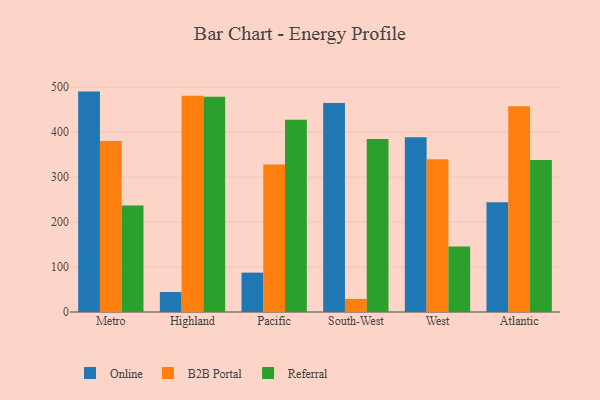
{"axis": {"x": "Region", "y": "Budget (USD K)"}, "legend": ["B2B Portal", "Online", "Referral"], "data": [{"x": "Metro", "y": 490.4, "type": "Online"}, {"x": "Metro", "y": 380.4, "type": "B2B Portal"}, {"x": "Metro", "y": 237.2, "type": "Referral"}, {"x": "Highland", "y": 44.4, "type": "Online"}, {"x": "Highland", "y": 481.4, "type": "B2B Portal"}, {"x": "Highland", "y": 479.1, "type": "Referral"}, {"x": "Pacific", "y": 87.6, "type": "Online"}, {"x": "Pacific", "y": 328.1, "type": "B2B Portal"}, {"x": "Pacific", "y": 427.8, "type": "Referral"}, {"x": "South-West", "y": 465.2, "type": "Online"}, {"x": "South-West", "y": 29.1, "type": "B2B Portal"}, {"x": "South-West", "y": 384.9, "type": "Referral"}, {"x": "West", "y": 388.9, "type": "Online"}, {"x": "West", "y": 339.7, "type": "B2B Portal"}, {"x": "West", "y": 145.7, "type": "Referral"}, {"x": "Atlantic", "y": 244.3, "type": "Online"}, {"x": "Atlantic", "y": 458.0, "type": "B2B Portal"}, {"x": "Atlantic", "y": 338.3, "type": "Referral"}]}